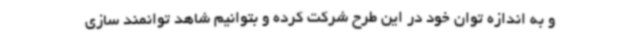
و به اندازه توان خود در این طرح شرکت کرده و بتوانیم شاهد توانمند سازی